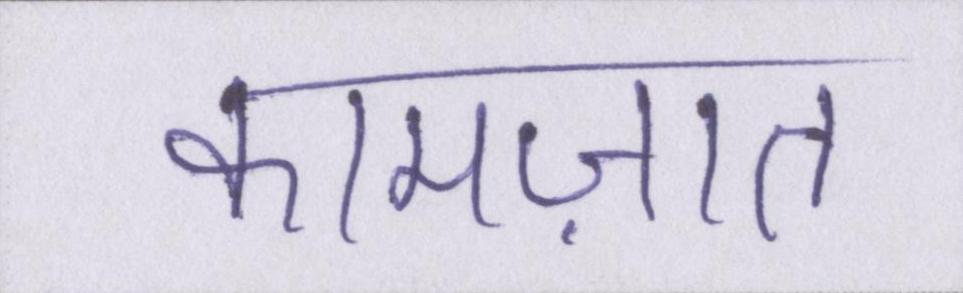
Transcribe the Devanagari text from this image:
कामज़ात